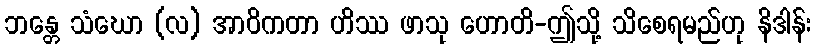
ဘန္တေ သံဃော (လ) အာဝိကတာ ဟိဿ ဖာသု ဟောတိ-ဤသို့ သိစေရမည်ဟု နိဒါန်း